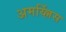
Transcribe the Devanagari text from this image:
अमर्य्ल्लिस